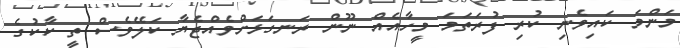
މަންމަ ކައިވެނި ކުރި ފުރަތަމަ މީހާއެއް ނޫން ރަނގަޅަށްވެއްޖެޔާ ކަލޭވެސް ތީ ކާކުގެ